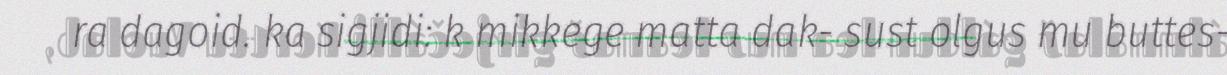
ra dagoid. ka sigjidi: k mikkege matta dak- sust olgus mu buttes-